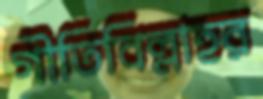
গীতিবিল্লাহর